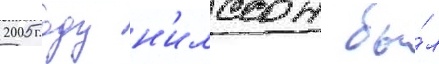
2005 году н'илссон бы́л